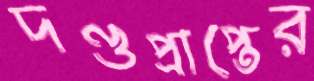
দণ্ডপ্রাপ্তের